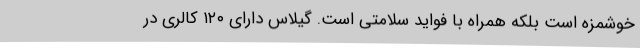
خوشمزه است بلکه همراه با فواید سلامتی است. گیلاس دارای ۱۲۰ کالری در